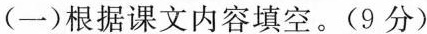
(一)根据课文内容填空。(9分)